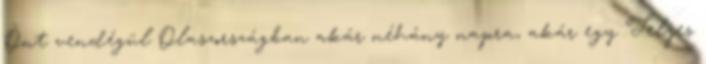
Önt vendégül Olaszországban akár néhány napra, akár egy Teljes